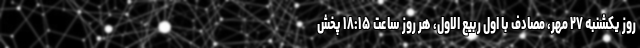
روز یکشنبه ۲۷ مهر، مصادف با اول ربیع الاول، هر روز ساعت ۱۸:۱۵ پخش